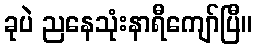
ခုပဲ ညနေသုံးနာရီကျော်ပြီ။